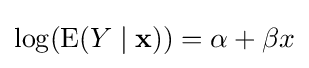
\log(\operatorname {E} (Y\mid \mathbf {x} ))=\alpha +\beta x